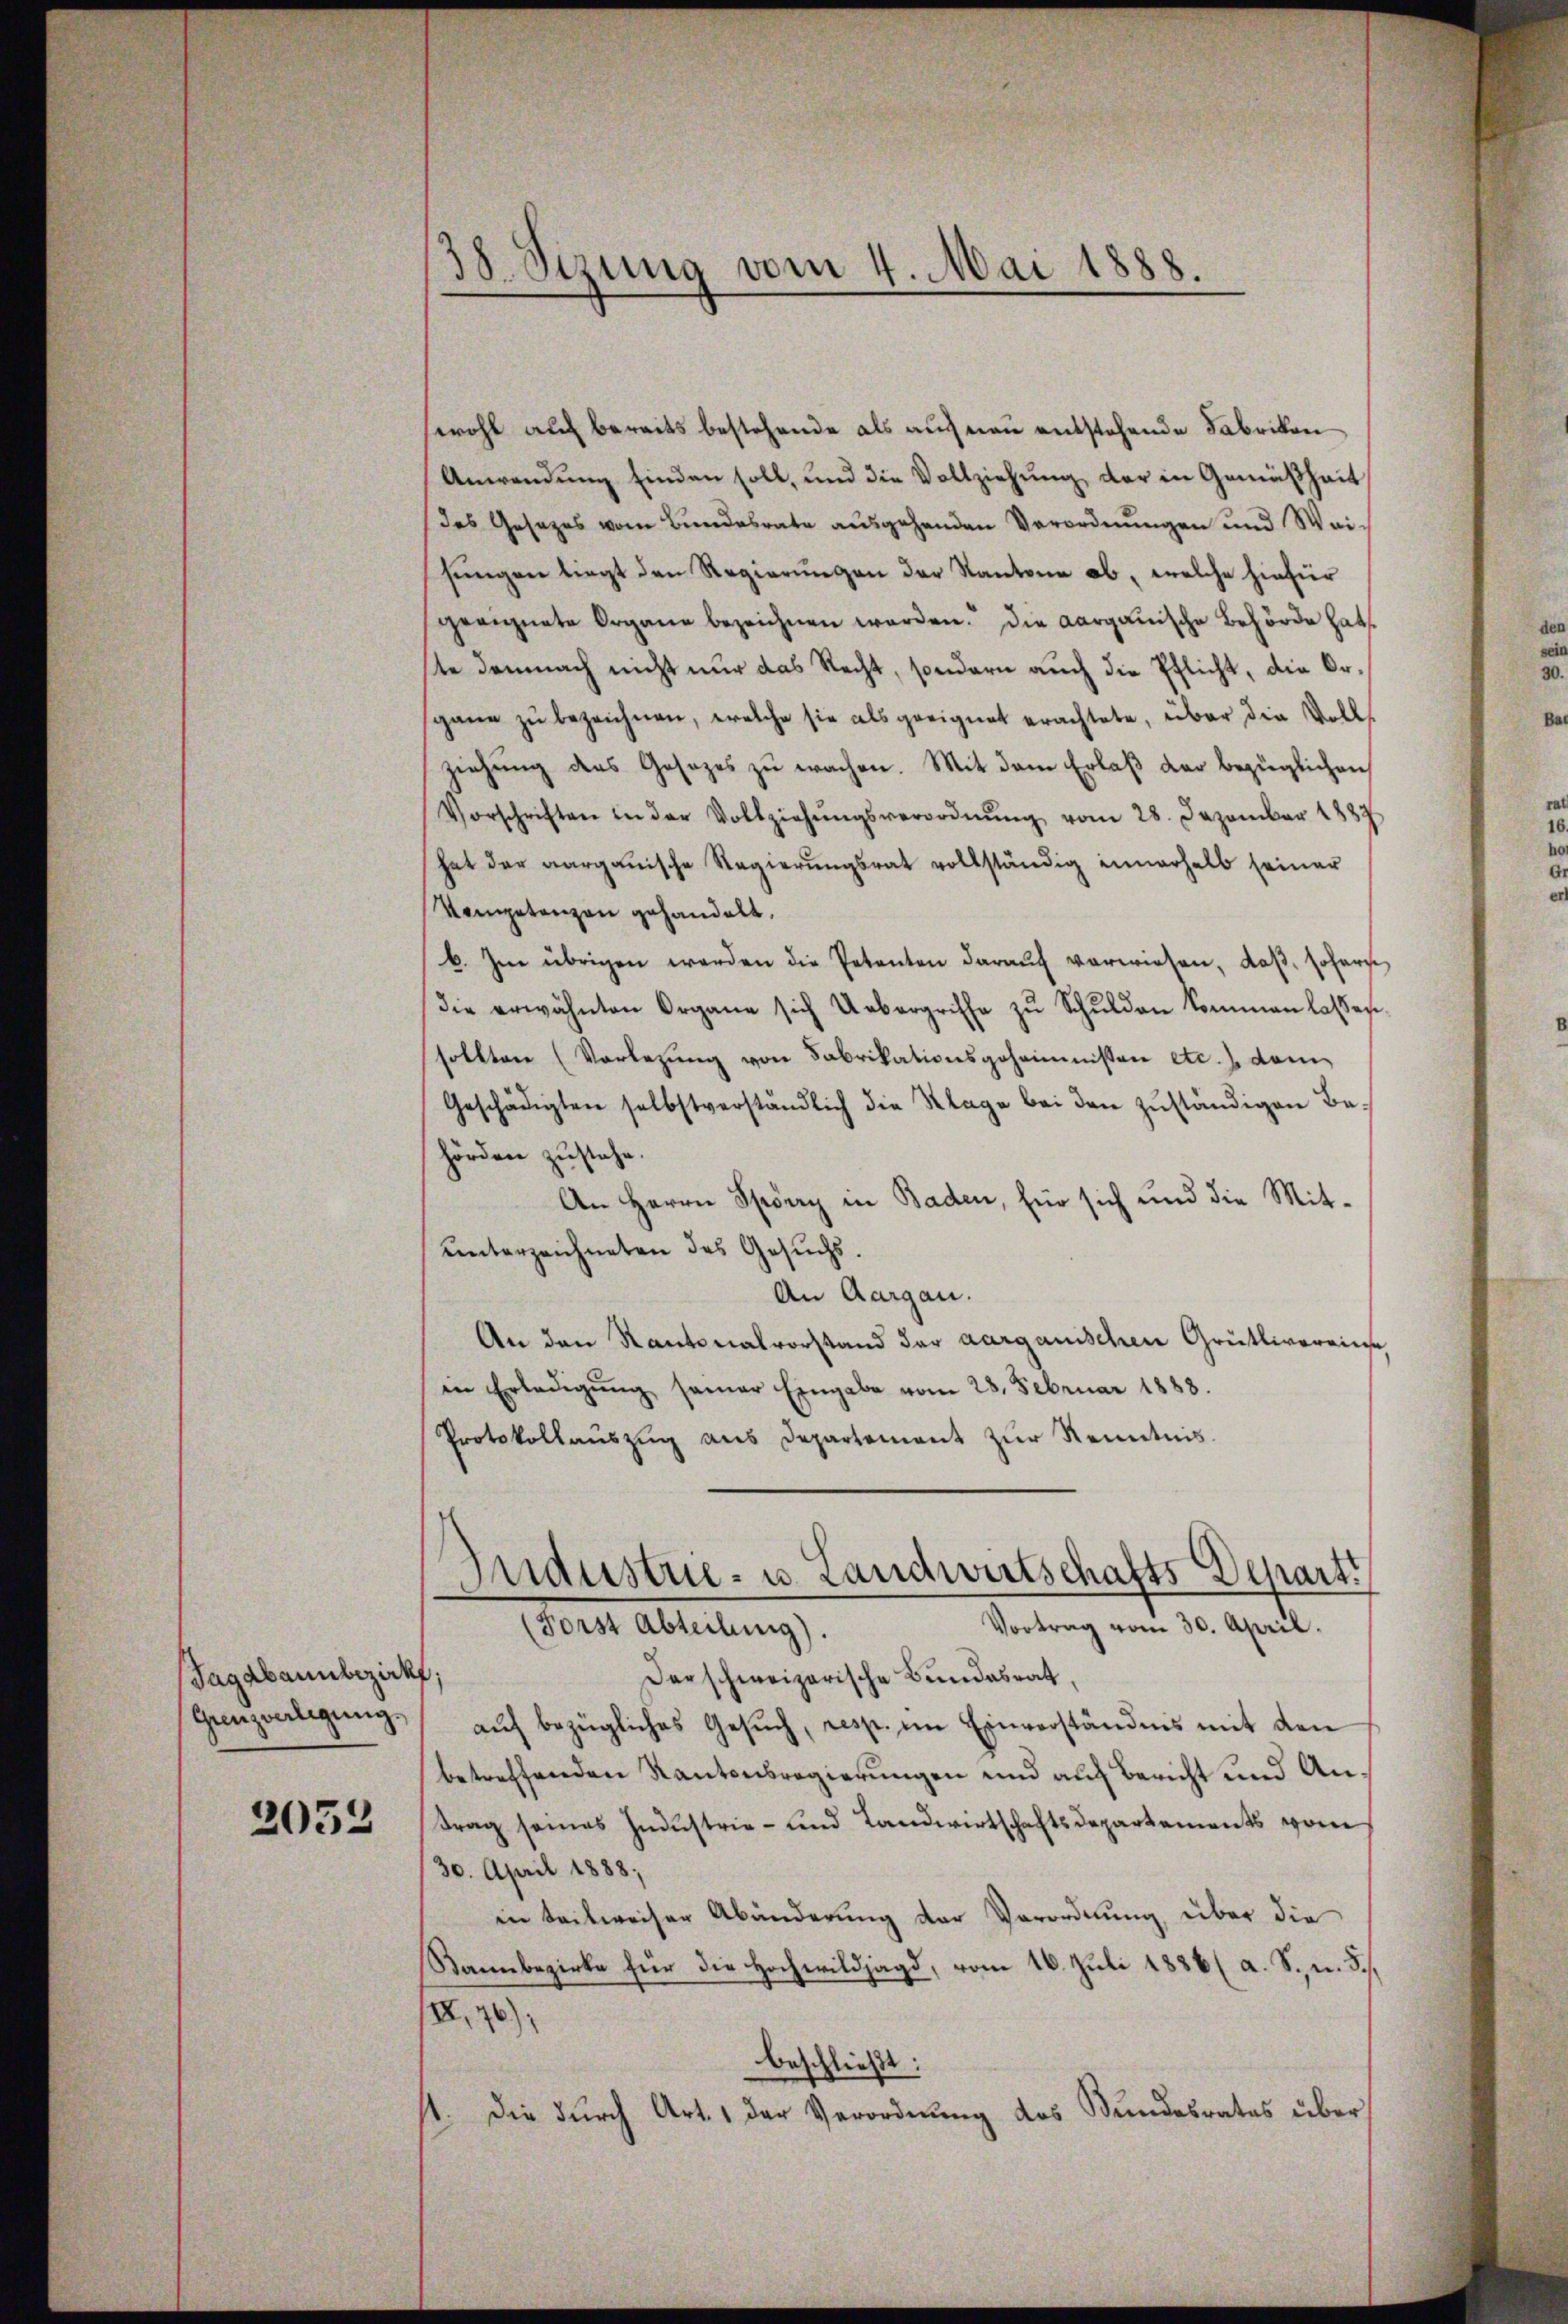
Jagabaunbezirkf;
Grenzverlegung.

2052

38. Sizung vom 4. Mai 1888.

wohl auf bereits bestehende als auf neu entstehende Fabrikon
Anwendung finden soll, und die Vollziehung der in Gemäßheit
des Gesezes vom Bundesrate ausgehenden Verordnŭngen und Wai-
hungen liegt den Regierungen der Kantone ab, welche hiefür
geeignete Organe bezeichnen worden. Die aargauische Behörde hat.
te demnach nicht nur das Recht, sondern auch die Pflicht, die Organe zu bezeichnen, welche sie als geeignet erachtete, über die Vollziehŭng des Gesezes zŭ wachen. Mit dem Erlaβ der bezüglichen
Vorschriften in der Vollziehŭngsverordnŭng vom 28. Dezember 1887
hat der aargauische Regierŭngsrat vollständig innerhalb seiner
Kompetanzen gehandelt,
b. Im übrigen werden die Petenten darauf verwiesen, daß sofern
die erwähnten Organe sich Uebergriffe zŭ Schŭldon kommen lassen
sollten (Vorlegŭng von Fabrikationsgeheimnissen etc.) dem
Geschädigten selbstverständlich die Klage bei den zŭständigen Behörden zustehe.
An Herrn Spörry in Baden, für sich und die Mitunterzeichneten das Gesuchs.
An Aargau.
An den Kantonalvorstand der aarganischen Grütlivereine
in Erledigŭng samer Eingabe vom 28. Februar 1888.
Protokollaŭszŭg aŭs Departement zŭr Kenntnis.
Industrie- u. Landwirtschafts-Depart
Vortrag vom 30. April.
Forst Abteilung).
Der schweizerische Bundesrat,
auf bezügliches Gesuch, resp. im Einverständnis mit den
betreffenden Kantonsregierungen und auf Bericht und Antrag seines Industrie- und Landwirtschaftsdepartements vom
30. April 1888;
in teilweiser Abänderung der Verordnung, über die
Bannbezirke für die Hochwildjagd, vom 16. Juli 1886/ a. S. u. 3./.
III,76);
beschließt:
st. Die durch Art. 1 der Verordnung des Bundesrates über